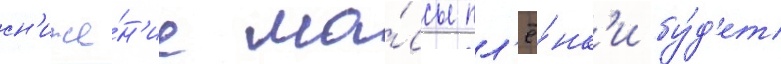
сн'иже́н'ие ма́ссы пл'ё́нк'и бу́д'ет